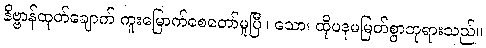
နိဗ္ဗာန်ထုတ်ချောက် ကူးမြောက်စေတော်မူပြီ။ သော၊ ထိုပဒုမမြတ်စွာဘုရားသည်။